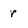
Character: r